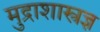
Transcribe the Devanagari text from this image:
मुद्राशास्त्रज्ञ